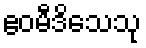
ဧဝမီဒိသေသု